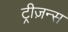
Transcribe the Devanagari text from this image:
ट्रीज़न्स